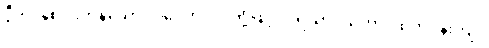
ဒွီဟိ၊ နှစ်ပါးကုန်သော။ ပဒေဟိ၊ ပုဒ်တို့ဖြင့်။ ပရိယာဒိယိတွာ၊ ထက်ဝန်းကျင်